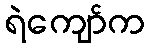
ရဲကျော်က